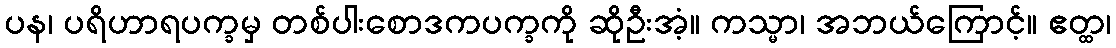
ပန၊ ပရိဟာရပက္ခမှ တစ်ပါးစောဒကပက္ခကို ဆိုဦးအံ့။ ကသ္မာ၊ အဘယ်ကြောင့်။ ဧတ္ထ၊